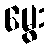
မွေး